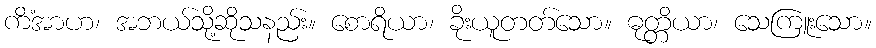
ကိံအာဟ၊ အဘယ်သို့ဆိုသနည်း။ စောရိယာ၊ ခိုးယူတတ်သော။ ဓုတ္တိယာ၊ သေကြူးသော။